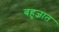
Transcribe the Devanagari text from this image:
बहुज्ञात